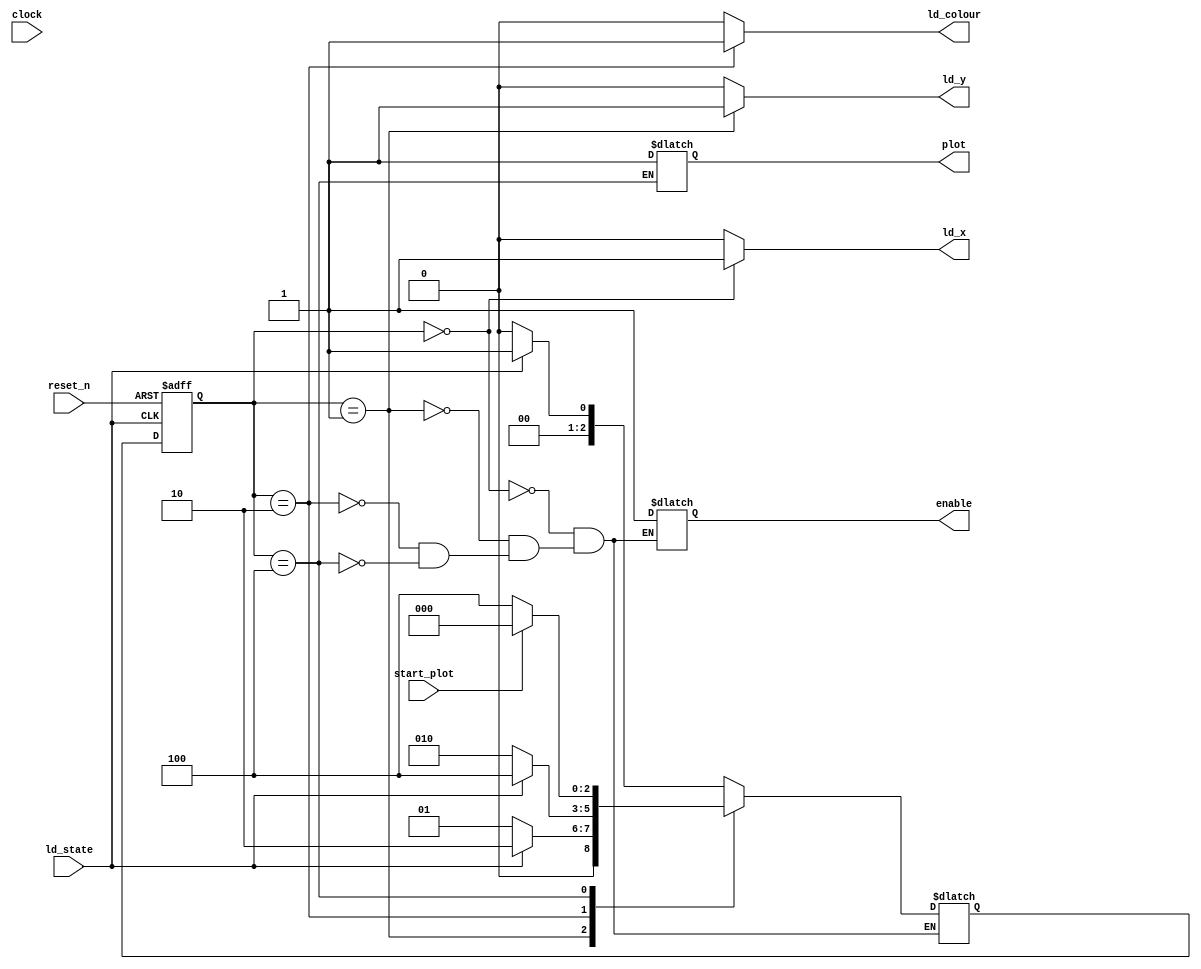


module control
	(
		input clock, reset_n, ld_state, start_plot,
		output reg ld_x, ld_y, ld_colour, plot, enable
	);
	
	reg [2:0] curr, next;

	localparam 	Load_x = 3'b000,
				Load_y = 3'b001,
				Load_colour = 3'b010,
				Plot = 3'b100;
					
	always @(*) begin
		case (curr)
			Load_x: next = ld_state ? Load_y : Load_x;
			Load_y: next = ld_state ? Load_colour : Load_y;
			Load_colour: next = ld_state ? Plot : Load_colour;
			Plot: next = start_plot ? Load_x : Plot;
		endcase
	end
	
	always @(*) begin
		ld_x = 1'b0;
		ld_y = 1'b0;
		ld_colour = 1'b0;
		
		case (curr)
			Load_x: begin
				ld_x = 1;
				enable = 1;
			end
			Load_y: begin
				ld_y = 1; 
				enable = 1;
			end
			Load_colour: begin
				ld_colour = 1;
				enable = 1;
			end
			Plot: begin
				plot = 1; enable = 1;
			end
		endcase
	end
	
	always @(posedge ld_state, negedge reset_n) begin
		if (!reset_n)
			curr <= Load_x;
		else
			curr <= next;
	end

endmodule